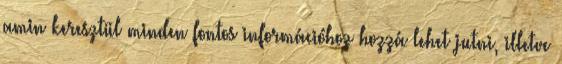
amin keresztül minden fontos információhoz hozzá lehet jutni, illetve